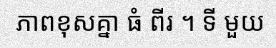
ភាពខុសគ្នា ធំ ពីរ ។ ទី មួយ